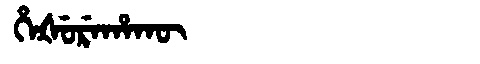
Manchu: ᡥᡝᡧᡠᡵᡝᡥᠠᡴᡡ
Romanization: HEŠUREHAKŪ